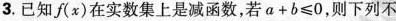
3.已知f(x)在实数集上是减函数，若$$a + b ≤ 0$$，则下列不